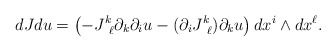
\begin{align*}dJdu = \left(- J^k_{\ \ell} \partial_k \partial_{i} u - (\partial_{i} J^k_{\ \ell} ) \partial_k u \right) dx^{i} \wedge dx^{\ell}.\end{align*}